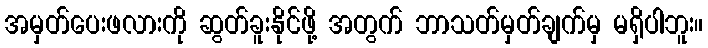
အမှတ်ပေးဖလားကို ဆွတ်ခူးနိုင်ဖို့ အတွက် ဘာသတ်မှတ်ချက်မှ မရှိပါဘူး။